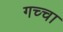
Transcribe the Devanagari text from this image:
गच्चा